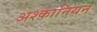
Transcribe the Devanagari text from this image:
अश्कानियन